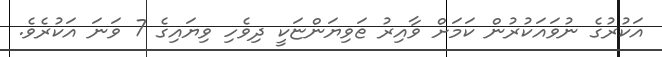
އަކުރުގެ ނުވައަކުރުން ކަމަށް ވާއިރު ޱަވިޔަންޏަކީ ދިވެހި ވިޔައިގެ 7 ވަނަ އަކުރެވެ.